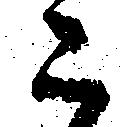
二